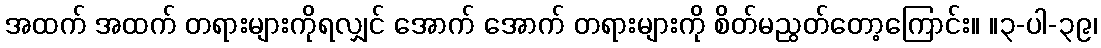
အထက် အထက် တရားများကိုရလျှင် အောက် အောက် တရားများကို စိတ်မညွတ်တော့ကြောင်း။ ။၃-ပါ-၃၉၊